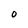
Character: O